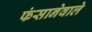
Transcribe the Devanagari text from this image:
फंसानेवाले